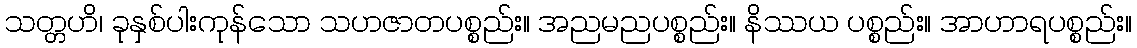
သတ္တဟိ၊ ခုနှစ်ပါးကုန်သော သဟဇာတပစ္စည်း။ အညမညပစ္စည်း။ နိဿယ ပစ္စည်း။ အာဟာရပစ္စည်း။